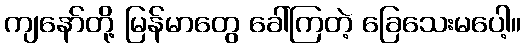
ကျနော်တို့ မြန်မာတွေ ခေါ်ကြတဲ့ ခြေသေးမပေါ့။